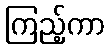
ကြည့်ကာ